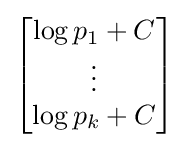
{\begin{bmatrix}\log p_{1}+C\\\vdots \\\log p_{k}+C\end{bmatrix}}